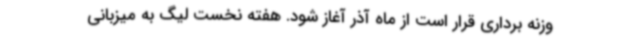
وزنه برداری قرار است از ماه آذر آغاز شود. هفته نخست لیگ به میزبانی